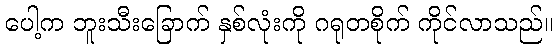
ပေါ့က ဘူးသီးခြောက် နှစ်လုံးကို ဂရုတစိုက် ကိုင်လာသည်။